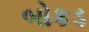
બોકડ